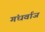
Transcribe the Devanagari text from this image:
गंधर्वाज